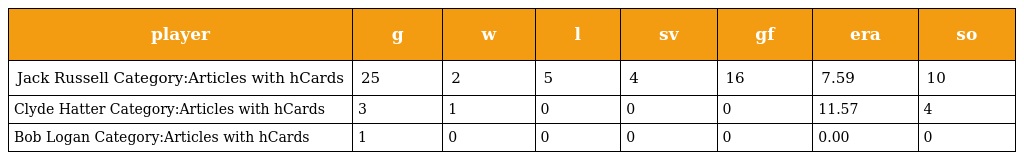
| player | g | w | l | sv | gf | era | so |
 | --- | --- | --- | --- | --- | --- | --- | --- |
 | Jack Russell Category:Articles with hCards | 25 | 2 | 5 | 4 | 16 | 7.59 | 10 |
 | Clyde Hatter Category:Articles with hCards | 3 | 1 | 0 | 0 | 0 | 11.57 | 4 |
 | Bob Logan Category:Articles with hCards | 1 | 0 | 0 | 0 | 0 | 0.00 | 0 |